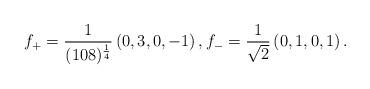
LaTeX: \begin{align*} f_+ = \frac{1}{(108)^{\frac{1}{4}}} \left(0, 3, 0, -1\right), f_- = \frac{1}{\sqrt{2}}\left(0,1,0,1\right).\end{align*}